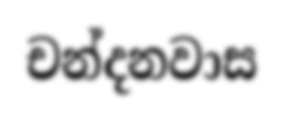
චන්දනවාස